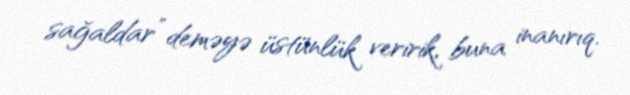
sağaldar” deməyə üstünlük veririk, buna inanırıq.